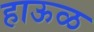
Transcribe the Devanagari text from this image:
हाऊळ